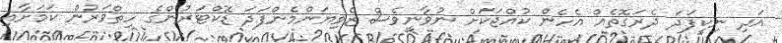
އަދި ނިކީފަދަ ދެރަގޮތެއް އެހެން ކުއްޖަކަށް ނުވާނީވެސް ޒެވިޔަންމެންފަދަ ޑޮކްޓަރުންގެ ހިތްވަރުން ކަމަށާއި